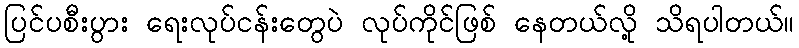
ပြင်ပစီးပွား ရေးလုပ်ငန်းတွေပဲ လုပ်ကိုင်ဖြစ် နေတယ်လို့ သိရပါတယ်။